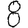
Digit: 8